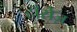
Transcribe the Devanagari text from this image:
हॉर्सेज़